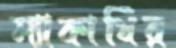
ম্যাকার্থির